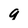
Character: 9